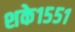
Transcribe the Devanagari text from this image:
शके१५५१